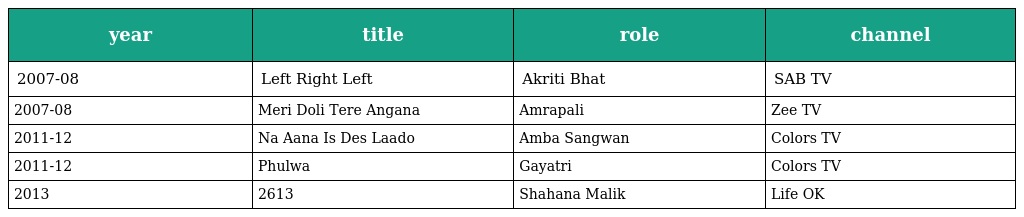
| year | title | role | channel |
 | --- | --- | --- | --- |
 | 2007-08 | Left Right Left | Akriti Bhat | SAB TV |
 | 2007-08 | Meri Doli Tere Angana | Amrapali | Zee TV |
 | 2011-12 | Na Aana Is Des Laado | Amba Sangwan | Colors TV |
 | 2011-12 | Phulwa | Gayatri | Colors TV |
 | 2013 | 2613 | Shahana Malik | Life OK |